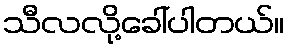
သီလလို့ခေါ်ပါတယ်။